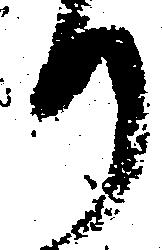
り